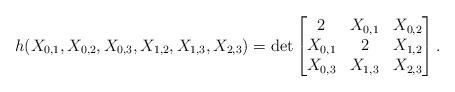
LaTeX: \begin{align*}h(X_{0,1},X_{0,2},X_{0,3},X_{1,2},X_{1,3},X_{2,3})=\det\begin{bmatrix}2&X_{0,1}&X_{0,2}\\X_{0,1}&2&X_{1,2}\\X_{0,3}&X_{1,3}&X_{2,3}\end{bmatrix}.\end{align*}